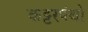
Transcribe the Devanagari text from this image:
कट्टरपंथो